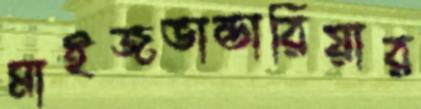
মাইজভান্ডারিয়ার